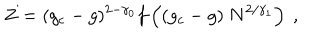
Z = ( g _ { c } - g ) ^ { 2 - \gamma _ { 0 } } f \left( ( g _ { c } - g ) \ N ^ { 2 / \gamma _ { 1 } } \right) \ ,